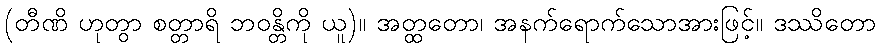
(တီဏိ ဟုတွာ စတ္တာရိ ဘဝန္တိကို ယူ)။ အတ္ထတော၊ အနက်ရောက်သောအားဖြင့်။ ဒဿိတော